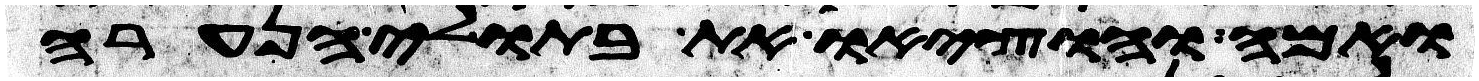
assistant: ואמה והוציאו את בתולי הנערה